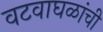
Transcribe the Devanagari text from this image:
वटवाघळांची